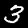
Digit: 3